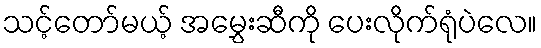
သင့်တော်မယ့် အမွှေးဆီကို ပေးလိုက်ရုံပဲလေ။